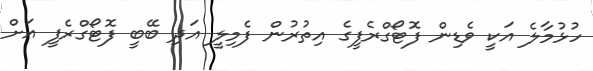
ހުޅުމާލެ އަކީ ވެޑިން ފޮޓޯގްރެފީގެ އިތުރުން ފެމިލީ އަދި ބޭބީ ފޮޓޯގްރެފީ އަށް